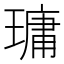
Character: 𤨭